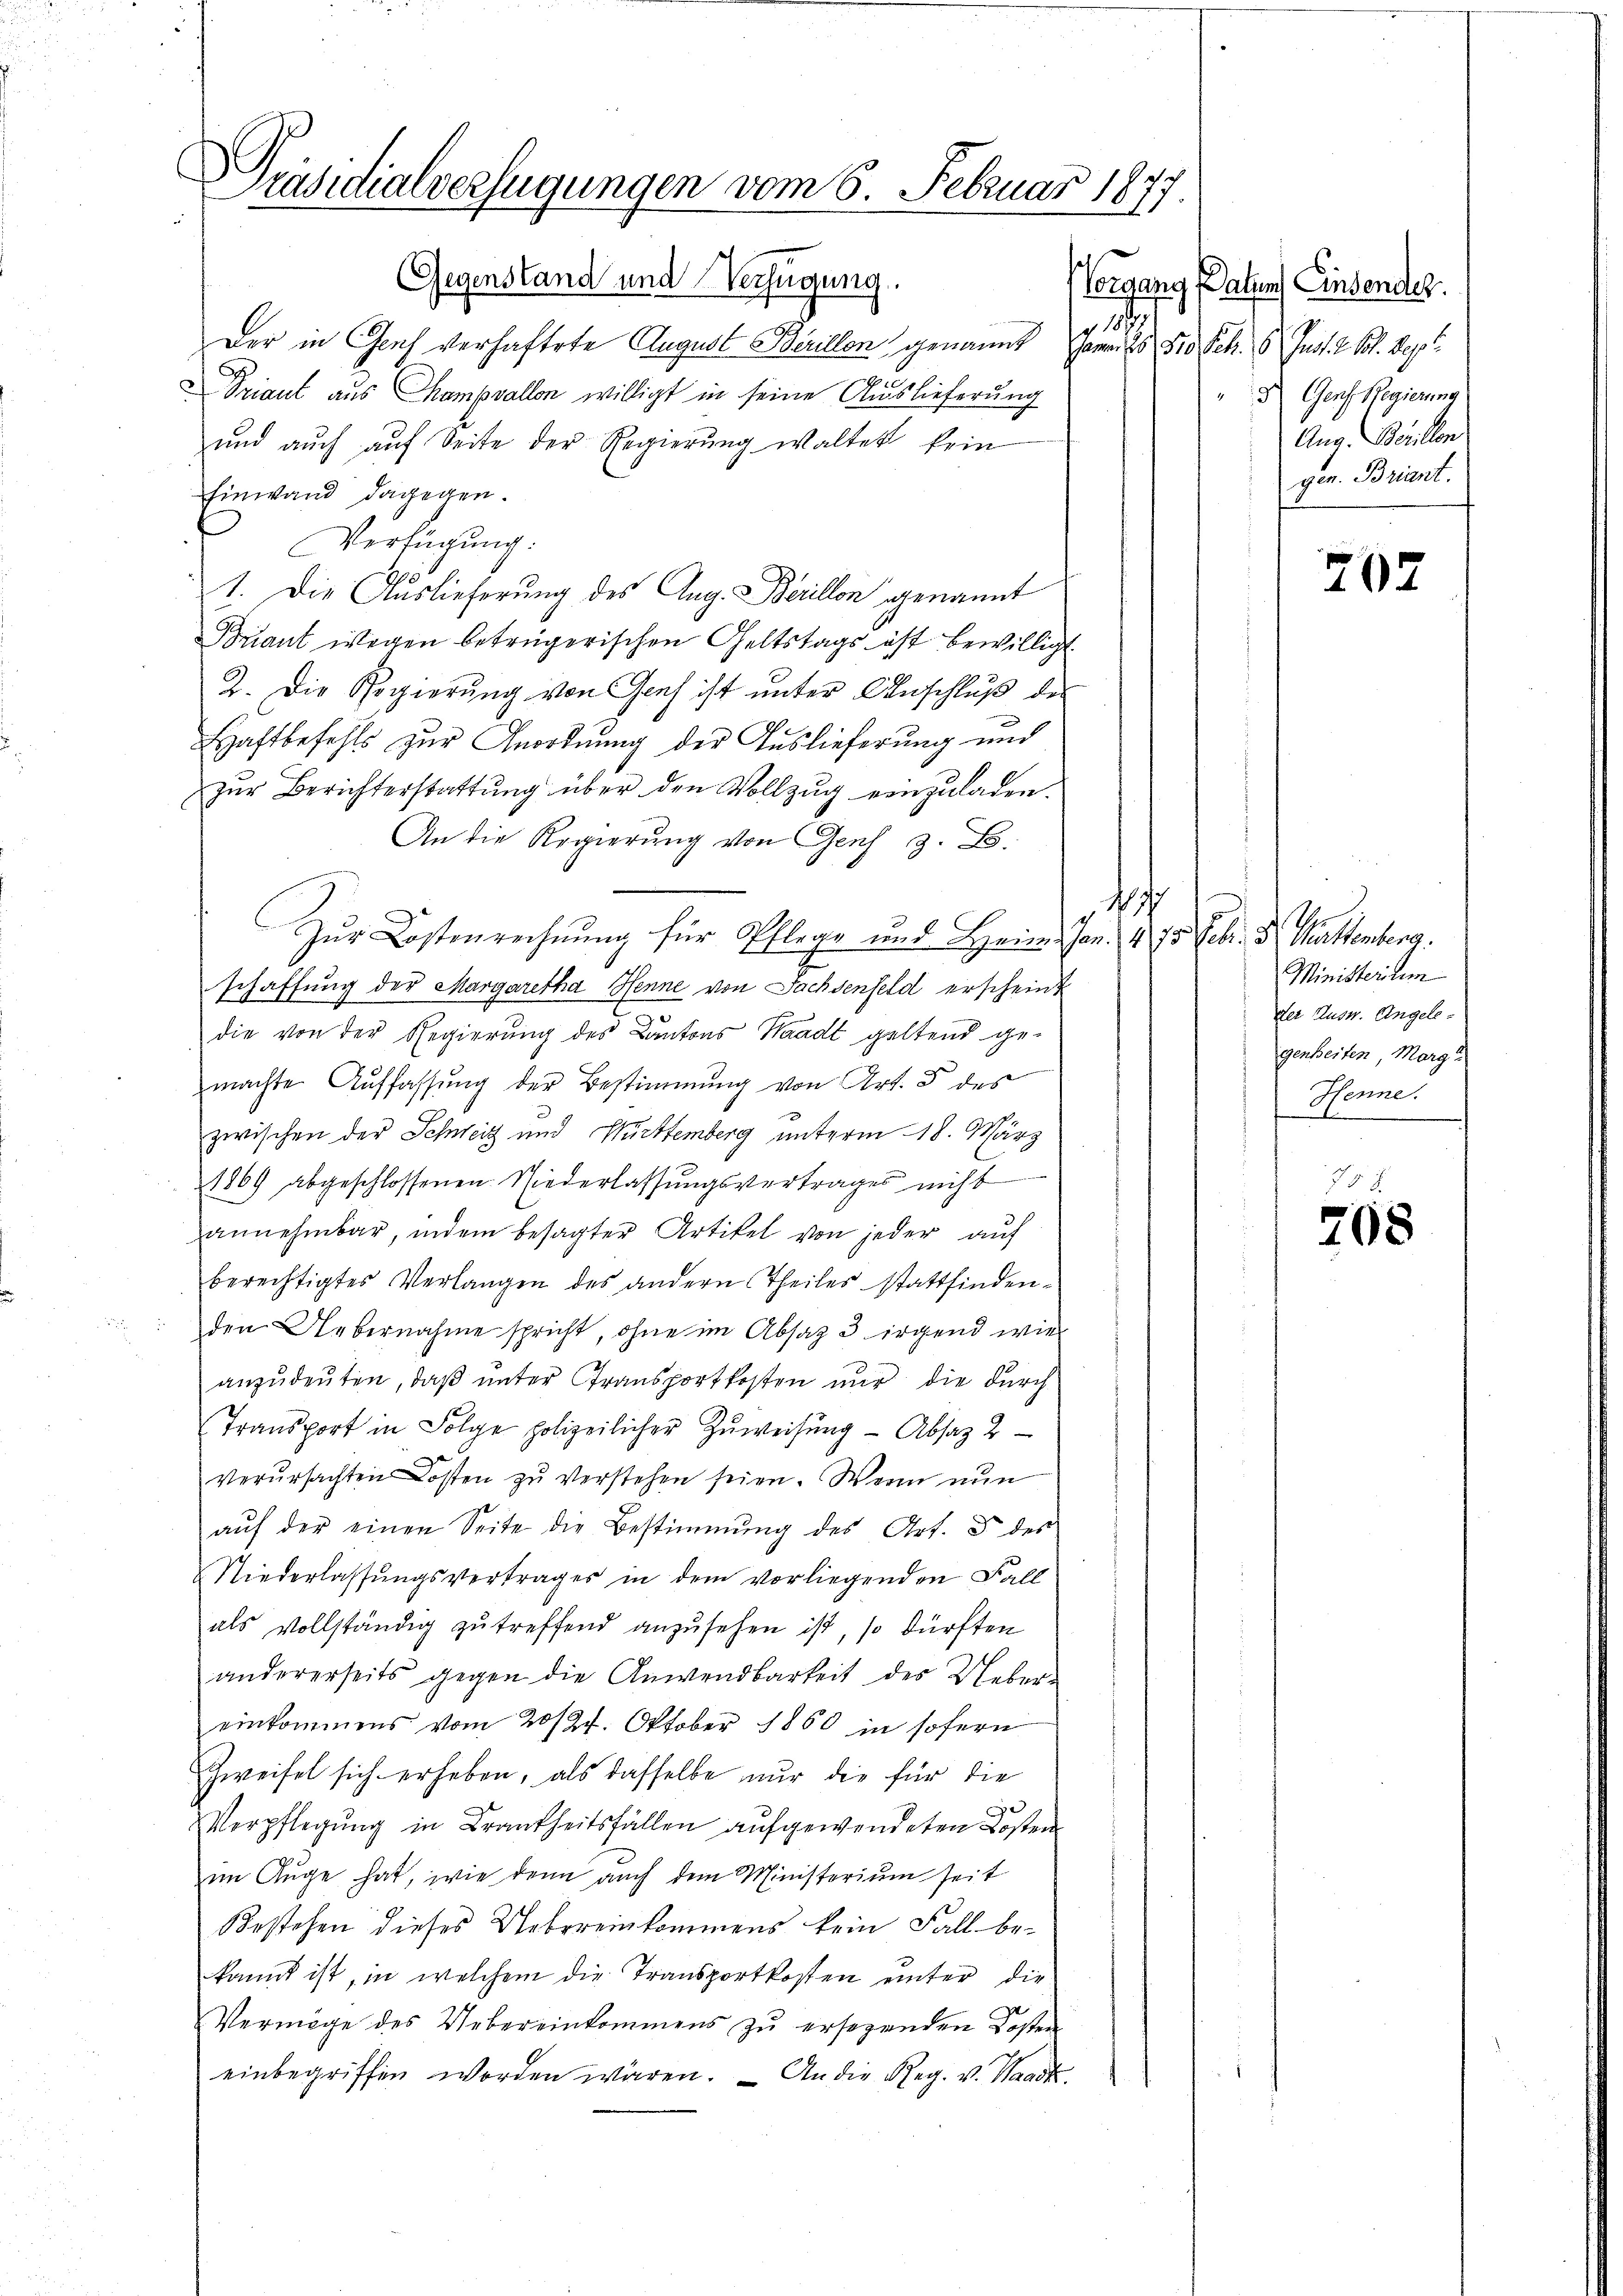
Präsidialverfügungen vom 6. Februar 1877

Gegenstand und Verfügung
18.
Der in Genf verhaftete August Berillon genannt in 50 Frk. 6. Just. 2. St. Sept
x
Triant aus Champvallen willigt in seine Auslieferung
und auch auf Seite der Regierung waltet kein
hinwand dagegen.
Verfügung.
1. Die Auslieferung des Aug. Berillon genannt
Briant wegen betrügerischen Geltstags ist bewilligt.
2. Die Regierung von Genf ist unter Anschluß des
e
Haftbefehls zur Anordnung der Auslieferung und
Zur Berichterstattung über den Vollzug einzuladen.
An die Regierung von Genf z. B.
Zŭr Kostenrechnŭng für Pflege und Heim. Jan. 475. Febr. d. Mittenberg.
schaffung der Margaretha Henne von Fachdenfeld erscheint
die von der Regierung des Kantons Waadt geltend gemachte Auffassung der Bestimmung von Art. 5 des
zwischen der Schweiz und Württemberg unterm 18. März
1869 abgeschlossenen Niederlassungsvertrages nicht
annehmbar, indem besagter Artikel von jeder auf
berechtigtes Verlangen des andern Theiles stattfinden¬
 den Uebernahme spricht, ohne im Absaz 3. irgend wie
anzudeuten, daß unter Transportkosten nur die durch
Transport in Folge polizeilicher Zŭweisŭng Absatz 2
verursachten Kosten zu verstehen seien. Wenn nun
aŭf der einen Seite die Bestimmung des Art. 8 des
Niederlassungsvertrages in dem vorliegenden Fall
als vollständig zŭ treffend anzŭsehen ist, so dürften
andererseits gegen die Anwendbarkeit des Uebereinkommens vom 20/27. Oktober 1860 in sofern
Zweifel sich erheben, als dasselbe nur die für die
Verpflegŭng in Brankheitsfällen aufgewendeten Kosten
im Auge hat, wie denn auch dem Ministerium seit
Bestehen dieses Uebereinkommens kein Fall bekannt ist, in welchem die Transportkosten unter die
Vermöge des Uebereinkommens zŭ ersezenden Kosten
einbegriffen worden wären. - An die Reg. v. Waadt.

Vorgang Paten Einsender.
d Genf Regierung
Aug. Berillon
gen. Briant.

702

177
Ministerium
der Ausw. Angelegenheiten, Marg
Henne.
N 2

208